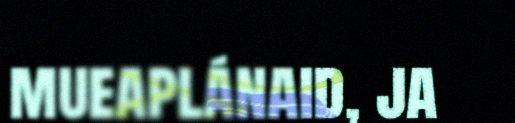
mueaplánaid, ja